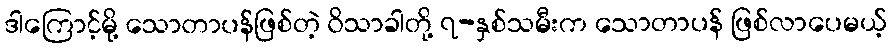
ဒါကြောင့်မို့ သောတာပန်ဖြစ်တဲ့ ဝိသာခါတို့ ၇-နှစ်သမီးက သောတာပန် ဖြစ်လာပေမယ့်